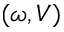
( \omega , V )